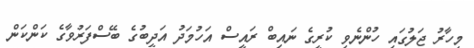
މިހާރު ޖަލުގައި ހުންނެވި ކުރީގެ ނައިބް ރައީސް އަހުމަދު އަދީބުގެ ބޭސްފަރުވާގެ ކަންކަން